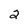
Character: 2